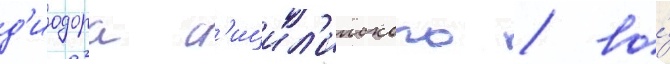
д'иодора с'ицил'ииского / во́